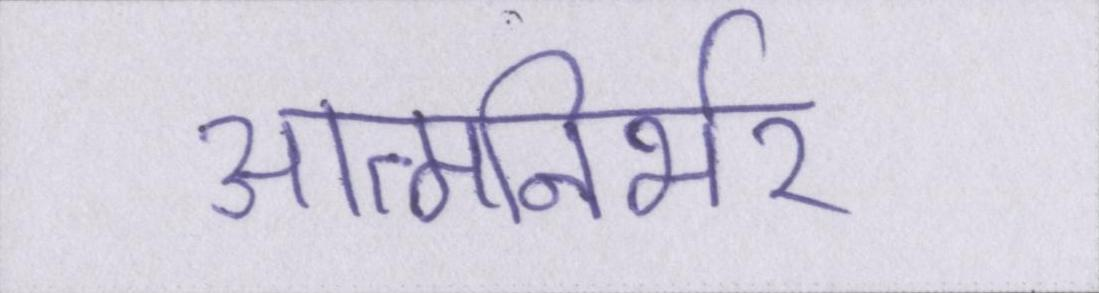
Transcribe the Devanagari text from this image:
आत्मनिर्भर